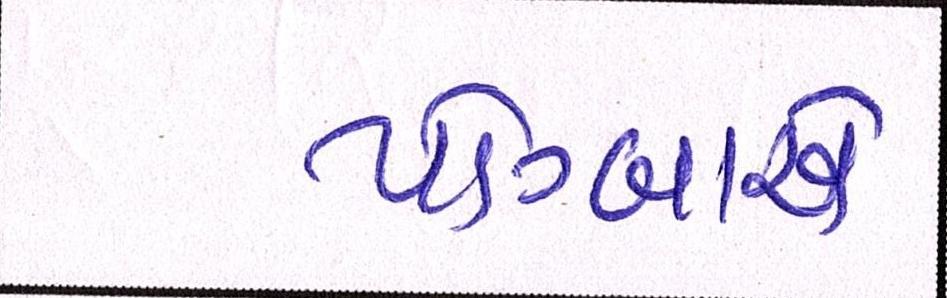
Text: પોગ્બાએ